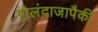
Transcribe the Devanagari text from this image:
गोलंदाजापैकी